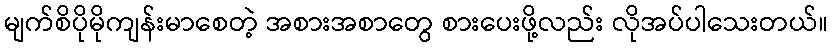
မျက်စိပိုမိုကျန်းမာစေတဲ့ အစားအစာတွေ စားပေးဖို့လည်း လိုအပ်ပါသေးတယ်။